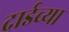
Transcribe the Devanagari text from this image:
दाईच्या